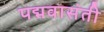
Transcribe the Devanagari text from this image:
पद्मवासंती